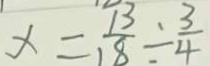
x = \frac { 1 3 } { 1 8 } \div \frac { 3 } { 4 }